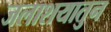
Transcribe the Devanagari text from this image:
जलाशयातुन